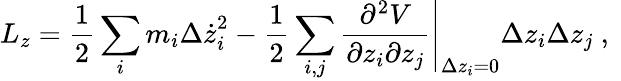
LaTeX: L_{z}=\frac{1}{2}\sum_{i}{m_{i}{\Delta\dot{z}}_{i}^{2}}-\frac{1}{2}\sum_{i,j}{\left.\frac{\partial^{2}V}{\partial z_{i}\partial z_{j}}\right|_{{\Delta z}_{i}=0}{\Delta z}_{i}{\Delta z}_{j}}\mathrm{~,~}